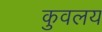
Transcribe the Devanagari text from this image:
कुवलय